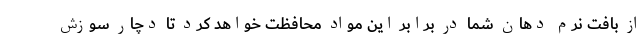
از بافت نرم دهان شما در برابر این مواد محافظت خواهد کرد تا دچار سوزش